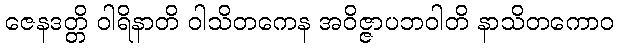
ဇေနဒတ္တိ ဝါရိနာတိ ဝါသိတကေန အဝိဇ္ဇာပဘဝါတိ နာသိတကောဝ